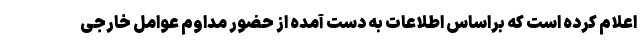
اعلام کرده است که براساس اطلاعات به دست آمده از حضور مداوم عوامل خارجی